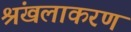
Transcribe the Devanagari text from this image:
श्रंखलाकरण